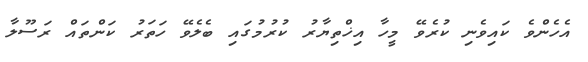
އެހެންވެ ކައިވެނި ކުރެވޭ މީހާ އިޚްތިޔާރު ކުރުމުގައި ބެލެވޭ ހަތަރު ކަންތައް ރަސޫލާ